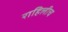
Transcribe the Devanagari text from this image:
राहिलीच